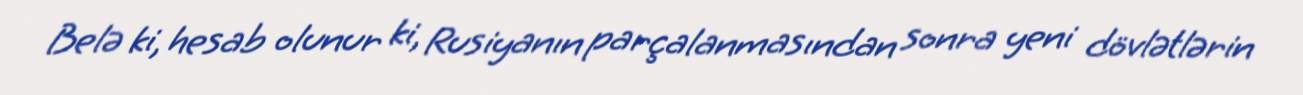
Belə ki, hesab olunur ki, Rusiyanın parçalanmasından sonra yeni dövlətlərin